system: You are a helpful assistant.
user:
Analyze the provided spectrum to determine if it is a **S-type Star**.

- **Key Indicators for S-type Star:**

    - **(Overall Spectrum Shape):** The first and most obvious characteristic is the overall continuum (the "baseline" shape). It is **extremely "red-sloping,"** meaning the flux (light intensity) is very low on the left side (blue, ~4000-4500 Å) and rises steeply and continuously toward the right side (red, ~7000 Å+).

    - **(Primary):** The spectrum is defined by the presence of strong, broad molecular absorption "valleys" (bands) from **Zirconium Oxide (ZrO)**. The identification of these bands is the **primary requirement** for classifying a star as S-type.
        - **(Key Bandheads):** You must find distinct, deep "dips" where the light has been absorbed. The most critical band systems to locate are:
            - **~6474 Å** ($\gamma$-system): This is often the strongest and clearest ZrO feature, found in the red part of the spectrum.
            - **~5718 Å** & **~5551 Å** ($\beta$-system): A pair of prominent absorption features in the yellow-orange part of the spectrum.
            - **~4640 Å** ($\alpha$-system): A key absorption band system in the blue-green region of the spectrum.

    - **(Secondary Confirmation):** The classification is strengthened by finding additional absorption bands from other related heavy element oxides, which are expected to be present alongside ZrO.
        - **(Key Bandheads):**
            - **Yttrium Oxide (YO):** Look for absorption dips near **~4800 Å** and **~6100 Å**.
            - **Lanthanum Oxide (LaO):** Additional absorption features, particularly in the red-orange part of the spectrum, are also characteristic.

    - **(Line Profile):** The combination of the steep red continuum and these numerous, deep molecular bands (ZrO, YO, etc.) gives the entire spectrum a very **"chopped-up"** or **"bumpy"** appearance. Instead of a smooth curve, the spectrum looks as though large, wide chunks of light have been "carved out" of it at the specific wavelengths listed above.

Think first, call **spectral_visualization_tool** if needed to examine features in detail, then provide your final answer. Your response must adhere to the following strict rules:
1.  **Overall Structure:** Your response must follow the format `<think>...</think> <tool_call>...</tool_call> (if a tool is used) <answer>...</answer>`.
2.  **Tool Usage Constraint:** You may only make **one** tool call per turn.
3.  **Final Answer Format:** In the `<answer>` tag, your conclusion must be inside a `\boxed{}` command (e.g., `\boxed{YES}` or `\boxed{NO}`), followed by your justification.

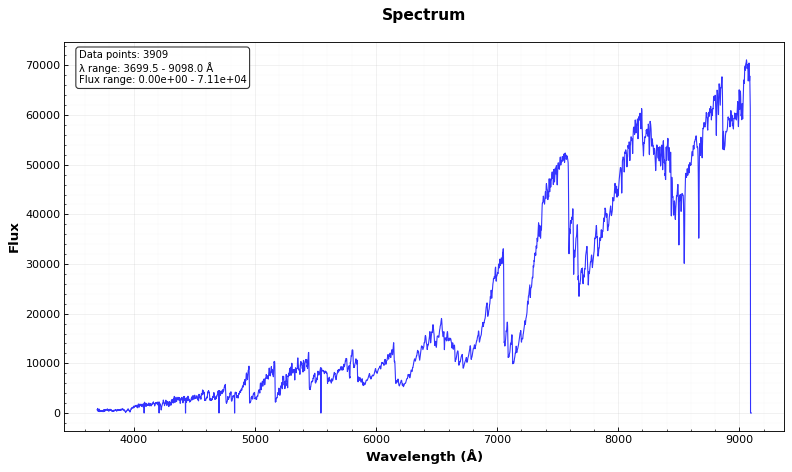
Answer: YES